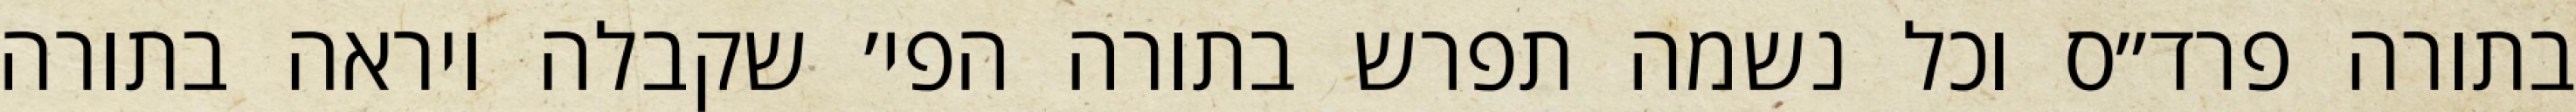
בתורה פרד״ס וכל נשמה תפרש בתורה הפי׳ שקבלה ויראה בתורה